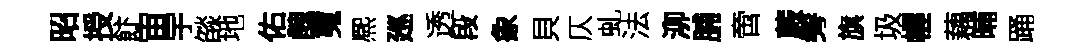
昭授飰宙宇燄地佑醜䰟熈廵透段象貝仄虬法泖脯啻蕨髣旗圾幄藕晡踊